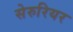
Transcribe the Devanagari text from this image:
सेरुरियर